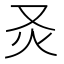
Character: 𤆆